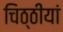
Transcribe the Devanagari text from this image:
चिठ्ठीयां